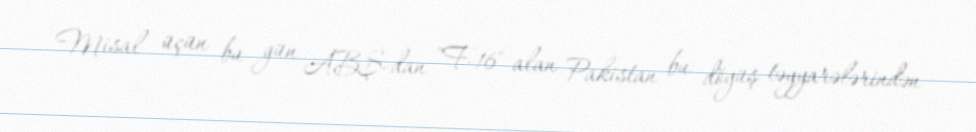
Misal üçün bu gün ABŞ-dan "F-16" alan Pakistan bu döyüş təyyarələrindən